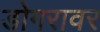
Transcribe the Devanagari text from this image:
डोगरावर